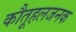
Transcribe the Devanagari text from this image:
कौतूहलजनक